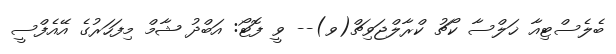
ބެލެސްޓިއާ ޚަލްސާ ކޯޗު ކްރާލްޖަވިޗް(ވ)-- ވީ ފޮޓޯ: އަބްދު ޝާމް މިފަހަރުގެ އޭއެފްސީ